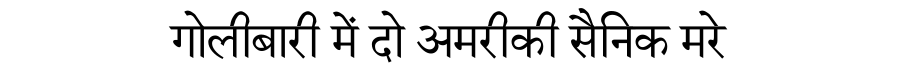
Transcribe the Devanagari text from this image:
गोलीबारी में दो अमरीकी सैनिक मरे